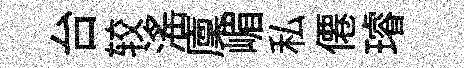
台较滛廩嵋私僊璿